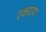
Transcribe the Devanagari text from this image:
एकादश।